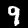
Label: 9